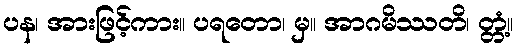
ပန၊ အားဖြင့်ကား။ ပရတော၊ မှ။ အာဂမိဿတိ၊ တ္တံ့။